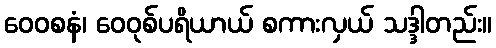
ဝေဝစနံ၊ ဝေဝုစ်ပရိယာယ် စကားလှယ် သဒ္ဒါတည်း။